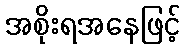
အစိုးရအနေဖြင့်